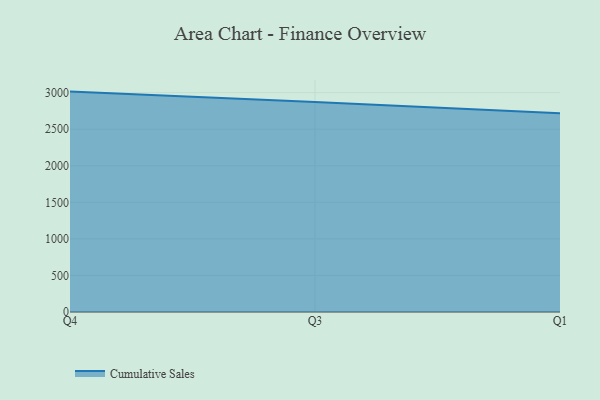
{"axis": {"x": "Quarter", "y": "Production Output"}, "legend": ["Cumulative Sales"], "data": [{"x": "Q4", "y": 3014.8, "type": "Cumulative Sales"}, {"x": "Q3", "y": 2873.4, "type": "Cumulative Sales"}, {"x": "Q1", "y": 2719.6, "type": "Cumulative Sales"}]}